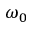
\omega _ { 0 }